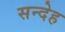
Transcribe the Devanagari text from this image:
सन्‍देह